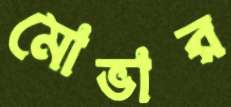
মোভার